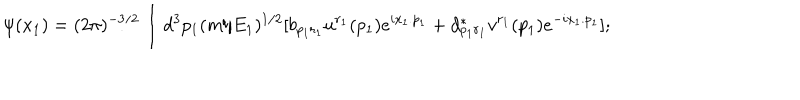
LaTeX: \psi ( x _ { 1 } ) = ( 2 \pi ) ^ { - 3 / 2 } \int d ^ { 3 } p _ { 1 } ( m / E _ { 1 } ) ^ { 1 / 2 } [ b _ { p _ { 1 } r _ { 1 } } u ^ { r _ { 1 } } ( p _ { 1 } ) e ^ { i x _ { 1 } . p _ { 1 } } + d _ { p _ { 1 } r _ { 1 } } ^ { * } v ^ { r _ { 1 } } ( p _ { 1 } ) e ^ { - i x _ { 1 } . p _ { 1 } } ] ;